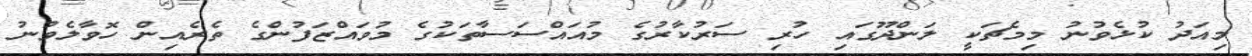
މިއަދު ކުޅެވުނު މިމެޗަކީ ލަންދޫގައި ހުރި ސަރުކާރުގެ މުއައްސަސާތަކުގެ މުވައްޒަފުންގެ ތެރެއިން ހޮވާލެވުނު